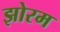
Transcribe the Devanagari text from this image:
झोरम